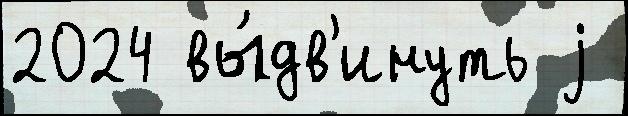
2024 вы́дв'инуть j